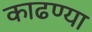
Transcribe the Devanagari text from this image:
काढण्या